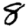
Digit: 8